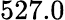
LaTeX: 527.0